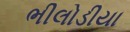
ભીલોડીયા